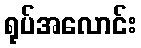
ရုပ်အလောင်း